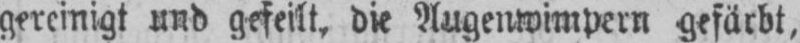
gereinigt und gefeilt, die Augenwimpern gefärbt,